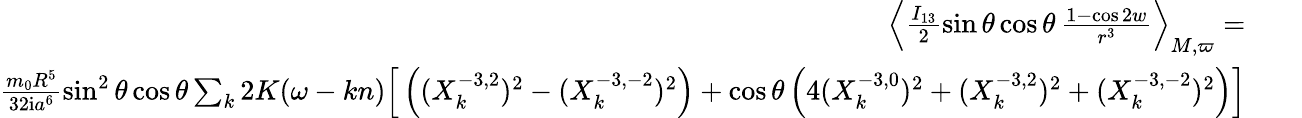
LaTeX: \begin{array}{rlr}{\left\langle\frac{I_{13}}{2}\sin\theta\cos\theta\, \frac{1-\cos 2w}{r^{3}}\right\rangle_{M,\varpi}=}&{{}}&{}\\ {\frac{m_{0}R^{5}}{32\mathrm{i}a^{6}}\sin^{2}\theta\cos\theta\sum_{k}2K(\omega-kn)\Big[\left((X_{k}^{-3,2})^{2}-(X_{k}^{-3,-2})^{2}\right)+\cos\theta\left(4(X_{k}^{-3,0})^{2}+(X_{k}^{-3,2})^{2}+(X_{k}^{-3,-2})^{2}\right)\Big]}\end{array}